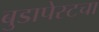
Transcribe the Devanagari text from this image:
बुडापेस्टचा